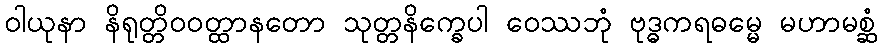
ဝါယုနာ နိရုတ္တိဝဝတ္ထာနတော သုတ္တနိက္ခေပါ ဝေဿဘုံ ဗုဒ္ဓကရဓမ္မေ မဟာမစ္ဆံ